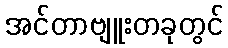
အင်တာဗျူးတခုတွင်